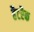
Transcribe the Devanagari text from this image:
हैटरैक